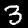
Digit: 3